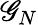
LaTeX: \mathscr{G}_{N}